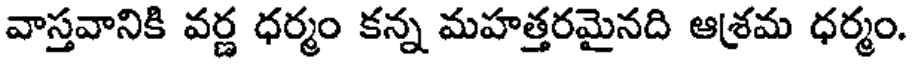
వాస్తవానికి వర్ణ ధర్మం కన్న మహత్తరమైనది ఆశ్రమ ధర్మం.